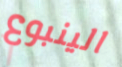
الينبوع